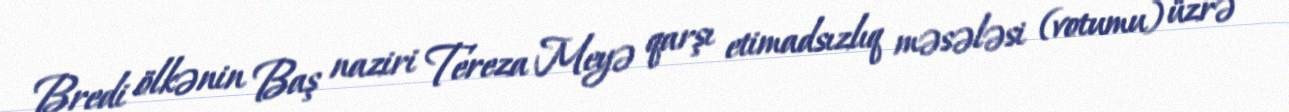
Bredi ölkənin Baş naziri Tereza Meyə qarşı etimadsızlıq məsələsi (votumu) üzrə